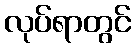
လုပ်ရာတွင်